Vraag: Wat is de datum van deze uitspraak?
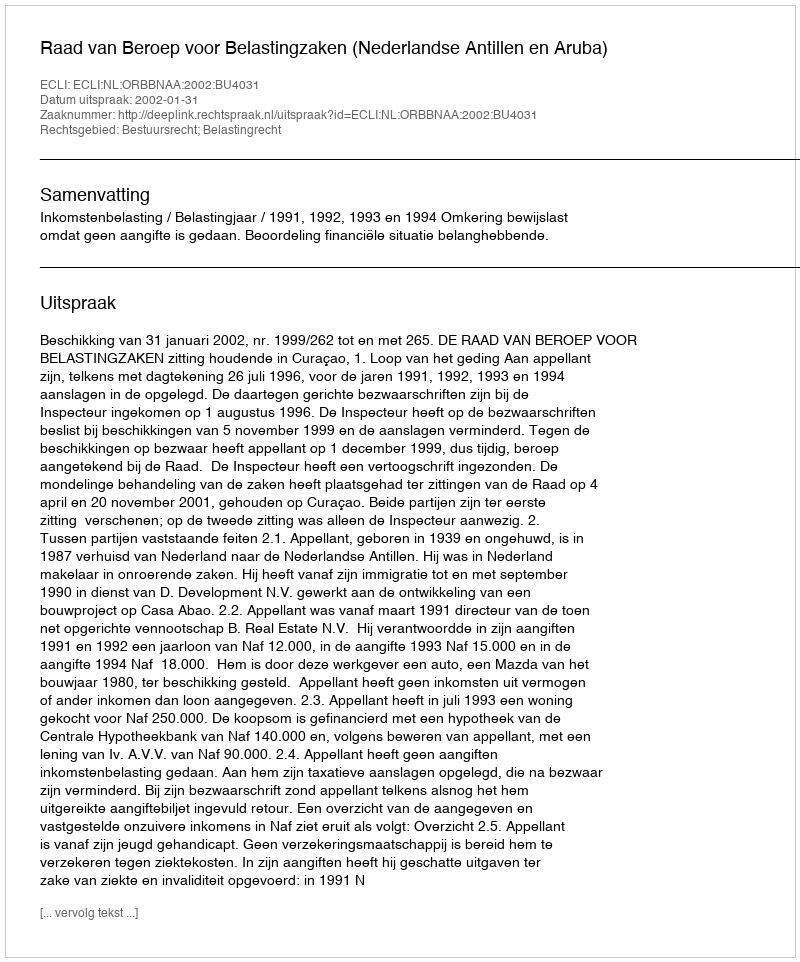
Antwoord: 2002-01-31